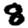
Digit: 8